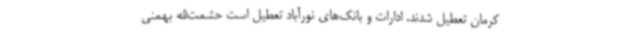
کرمان تعطیل شدند. ادارات و بانک‌های نورآباد تعطیل است حشمت‌الله بهمنی